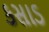
કસાડ